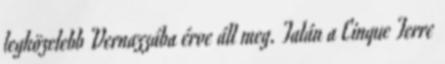
legközelebb Vernazzába érve áll meg. Talán a Cinque Terre